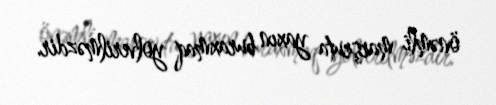
önəmli marşruta yaxın buraxmaq yolverilməzdir.